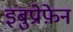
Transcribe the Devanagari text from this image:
इबुप्रोफ़ेन